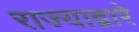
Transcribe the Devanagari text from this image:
राज्याद्वारे